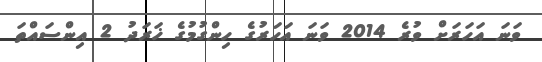
ވަނަ އަހަރަށް ވުރެ 2014 ވަނަ އަހަރުގެ ހިންގުމުގެ ޚަރަދު 2 އިންސައްތަ